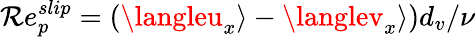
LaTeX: \mathcal{R}e_{p}^{slip}=(\langleu_{x}\rangle-\langlev_{x}\rangle)d_{v}/\nu